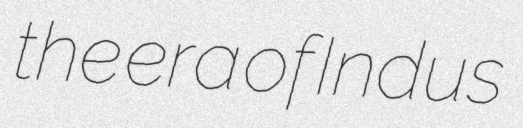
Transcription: the era of Indus